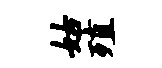
姑殖